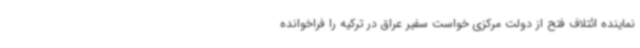
نماینده ائتلاف فتح از دولت مرکزی خواست سفیر عراق در ترکیه را فراخوانده